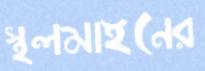
স্থলমাইনের